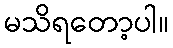
မသိရတော့ပါ။